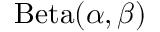
\mathrm { B e t a } ( \alpha , \beta )